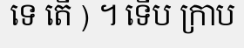
ទេ តើ ) ។ ទើប ក្រាប